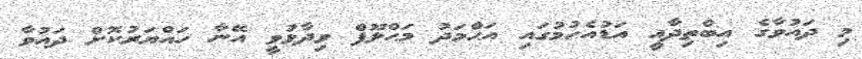
މި ދައުވާގެ އިބްތިދާއީ އަޑުއެހުމުގައި އަޙްމަދު މަޙްލޫފް ވިދާޅުވީ އޭނާ ހައްޔަރުކޮށް ދައުވާ